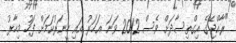
"ރާއްޖޭގެ އިގްތިސާދަށް ވެސް 2012 ވަނަ އަހަރު އައި ހީނަރުކަމަށް ފަހު މިހާރު